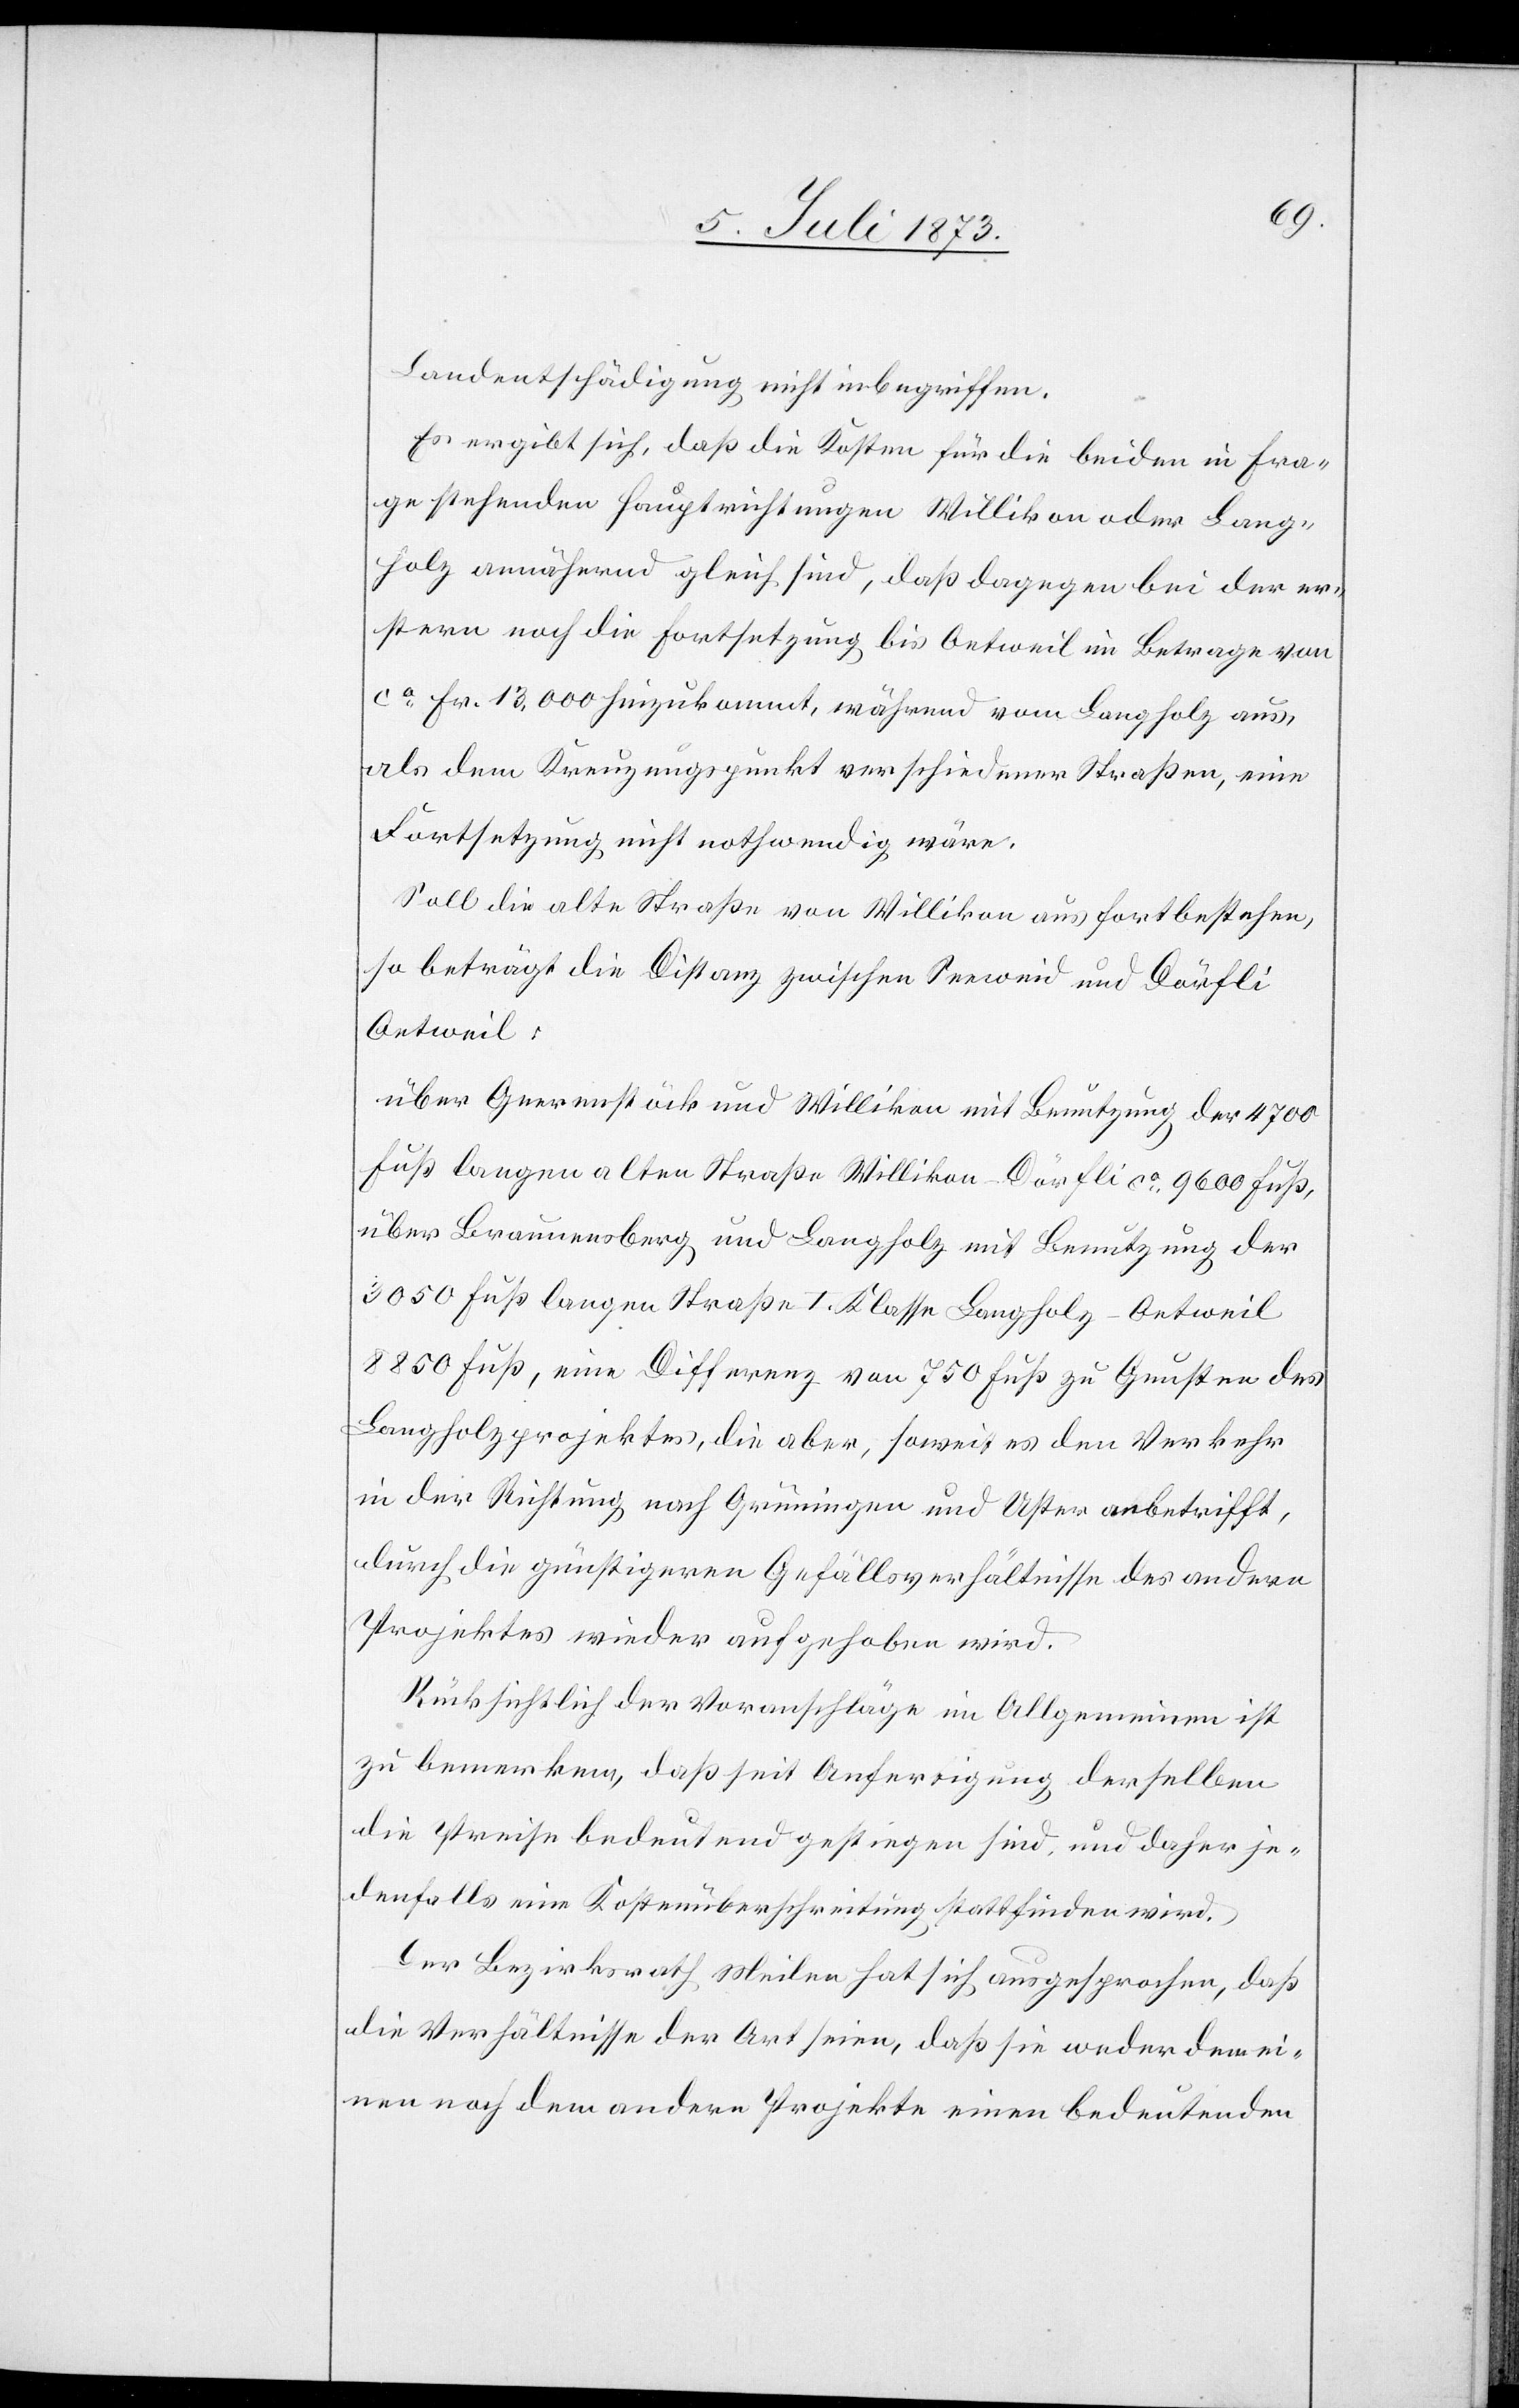
Landentschädigung nicht inbegriffen.
Es ergibt sich, daß die Kosten für die beiden in Fra¬
ge stehenden Hauptrichtungen Willikon oder Lang¬
holz annähernd gleich sind, daß dagegen bei der er¬
stern noch die Fortsetzung bis Oetweil im Betrage von
ca Fr. 13,000 hinzukommt, während vom Langholz aus
als dem Kreuzungspunkt verschiedener Straßen, eine
Fortsetzung nicht nothwendig wäre.
Soll die alte Straße von Willikon aus fortbestehen,
so beträgt die Distanz zwischen Seeweid und Dörfli
Oetweil:
über Geerenstöck und Willikon mit Benutzung der 4 700
Fuß langen alten Straße Willikon–Dörfli ca 9 600 Fuß,
über Braunensberg und Langholz mit Benutzung der
3 050 Fuß langen Straße I. Klasse Langholz–Oetweil
8 850 Fuß, eine Differenz von 750 Fuß zu Gunsten des
Langholzprojektes, die aber, soweit es den Verkehr
in der Richtung nach Grüningen und Uster anbetrifft,
durch die günstigeren Gefällsverhältnisse des andern
Projektes wieder aufgehoben wird.
Rücksichtlich der Voranschläge im Allgemeinen ist
zu bemerken, daß seit Anfertigung derselben
die Preise bedeutend gestiegen sind, und daher je¬
denfalls eine Kostenüberschreitung stattfinden wird.
Der Bezirksrath Meilen hat sich ausgesprochen, daß
die Verhältnisse der Art seien, daß sie weder dem ei¬
nen noch dem andern Projekte einen bedeutenden